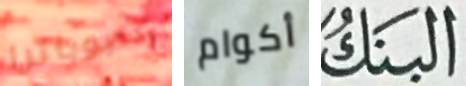
كليوباترا أكوام البنك